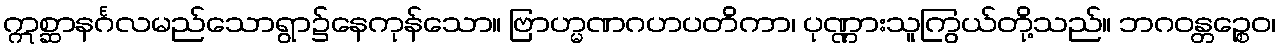
ဣစ္ဆာနင်္ဂလမည်သောရွာ၌နေကုန်သော။ ဗြာဟ္မဏဂဟပတိကာ၊ ပုဏ္ဏားသူကြွယ်တို့သည်။ ဘဂဝန္တဉ္စေဝ၊